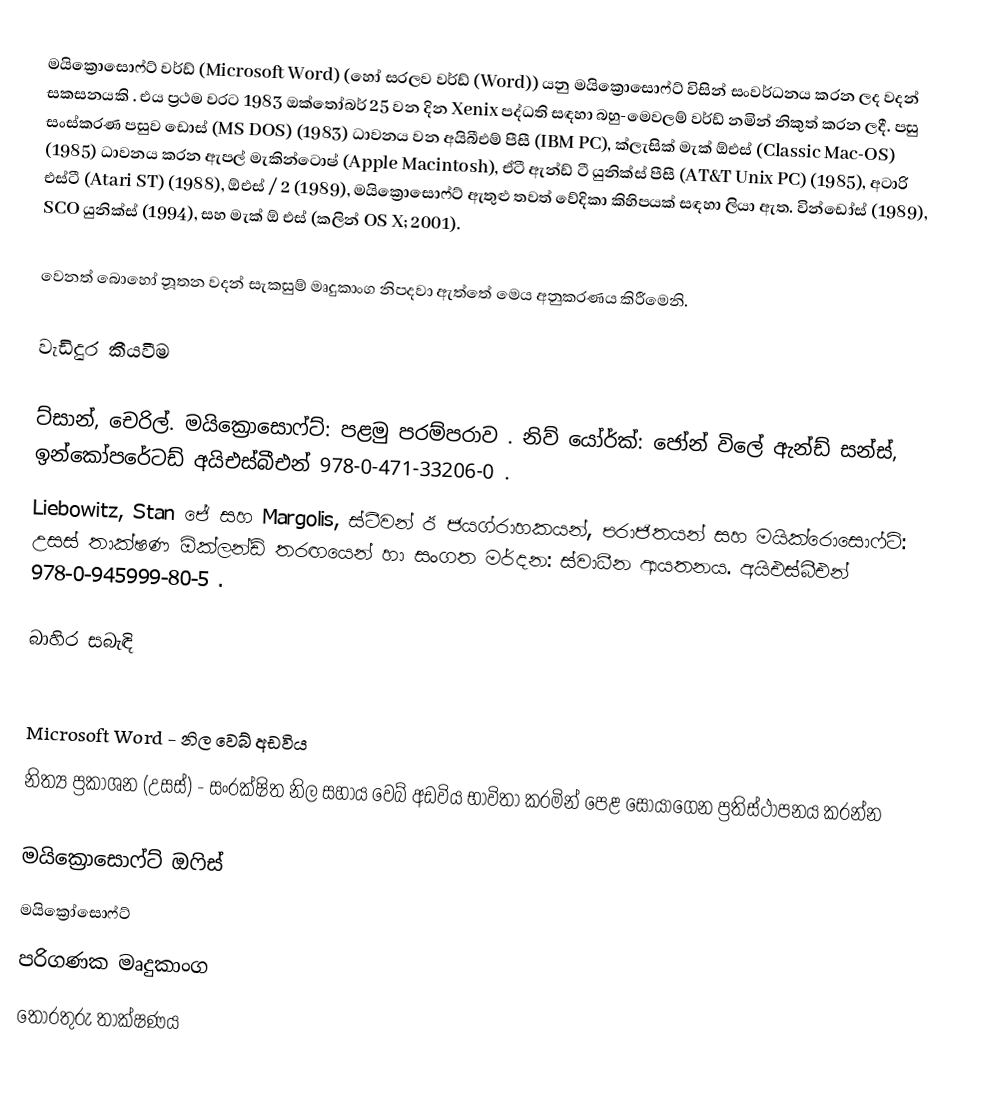
මයික්‍රොසොෆ්ට් වර්ඩ් (Microsoft Word) (හෝ සරලව වර්ඩ් (Word)) යනු මයික්‍රොසොෆ්ට් විසින් සංවර්ධනය කරන ලද වදන් සකසනයකි . එය ප්‍රථම වරට 1983 ඔක්තෝබර් 25 වන දින Xenix පද්ධති සඳහා බහු-මෙවලම් වර්ඩ් නමින් නිකුත් කරන ලදී.    පසු සංස්කරණ පසුව ඩොස් (MS DOS) (1983) ධාවනය වන අයිබීඑම් පීසී (IBM PC), ක්ලැසික් මැක් ඕඑස් (Classic Mac-OS) (1985) ධාවනය කරන ඇපල් මැකින්ටොෂ් (Apple Macintosh), ඒටී ඇන්ඩ් ටී යුනික්ස් පීසී (AT&T Unix PC) (1985), අටාරි එස්ටී (Atari ST) (1988), ඕඑස් / 2 (1989), මයික්‍රොසොෆ්ට් ඇතුළු තවත් වේදිකා කිහිපයක් සඳහා ලියා ඇත. වින්ඩෝස් (1989), SCO යුනික්ස් (1994), සහ මැක් ඕ එස් (කලින් OS X; 2001).

වෙනත් බොහෝ නූතන වදන් සැකසුම් මෘදුකාංග නිපදවා ඇත්තේ මෙය අනුකරණය කිරීමෙනි.

වැඩිදුර කීයවීම

 ට්සාන්, චෙරිල්. මයික්‍රොසොෆ්ට්: පළමු පරම්පරාව . නිව් යෝර්ක්: ජෝන් විලේ ඇන්ඩ් සන්ස්, ඉන්කෝපරේටඩ්  අයිඑස්බීඑන්   978-0-471-33206-0 .
 Liebowitz, Stan ජේ සහ Margolis, ස්ටීවන් ඊ ජයග්රාහකයන්, පරාජිතයන් සහ මයික්රොසොෆ්ට්: උසස් තාක්ෂණ ඕක්ලන්ඩ් තරඟයෙන් හා සංගත මර්දන: ස්වාධීන ආයතනය.  අයිඑස්බීඑන්   978-0-945999-80-5 .

බාහිර සබැඳි

 Microsoft Word - නිල වෙබ් අඩවිය
 නිත්‍ය ප්‍රකාශන (උසස්) - සංරක්ෂිත නිල සහාය වෙබ් අඩවිය භාවිතා කරමින් පෙළ සොයාගෙන ප්‍රතිස්ථාපනය කරන්න

මයික්‍රොසොෆ්ට් ඔෆිස්
මයික්‍රෝසොෆ්ට්
පරිගණක මෘදුකාංග
තොරතුරු තාක්ෂණය